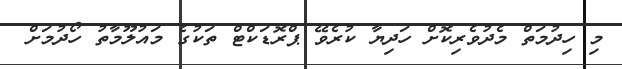
މި ހިދުމަތް މެދުވެރިކޮށް ހަދިޔާ ކުރެވޭ ޕްރޮޑަކްޓް ތަކުގެ މައުލޫމާތު ހޯދުމަށް